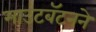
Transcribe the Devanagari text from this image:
माउंटबॅटनने